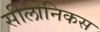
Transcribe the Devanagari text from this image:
सीलोनिकस